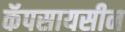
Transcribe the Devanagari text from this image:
कॅपसायसीन